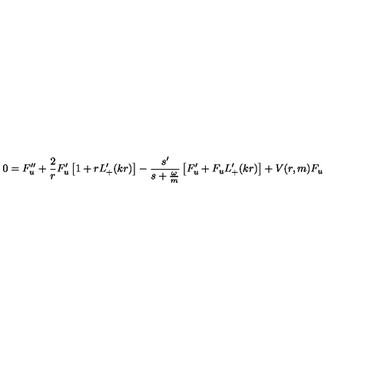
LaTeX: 0 = F _ { u } ^ { \prime \prime } + \frac { 2 } { r } F _ { u } ^ { \prime } \left[ 1 + r L _ { + } ^ { \prime } ( k r ) \right] - \frac { s ^ { \prime } } { s + \frac { \omega } { m } } \left[ F _ { u } ^ { \prime } + F _ { u } L _ { + } ^ { \prime } ( k r ) \right] + V ( r , m ) F _ { u }